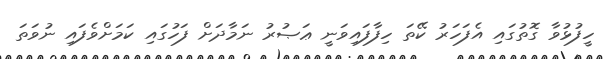
ހީފުޅުވާ ގޮތުގައި އެފަހަރު ކޭތަ ހިފާފައިވަނީ ޢަޞުރު ނަމާދަށް ފަހުގައި ކަމަށްވެފައި ނުވަތަ